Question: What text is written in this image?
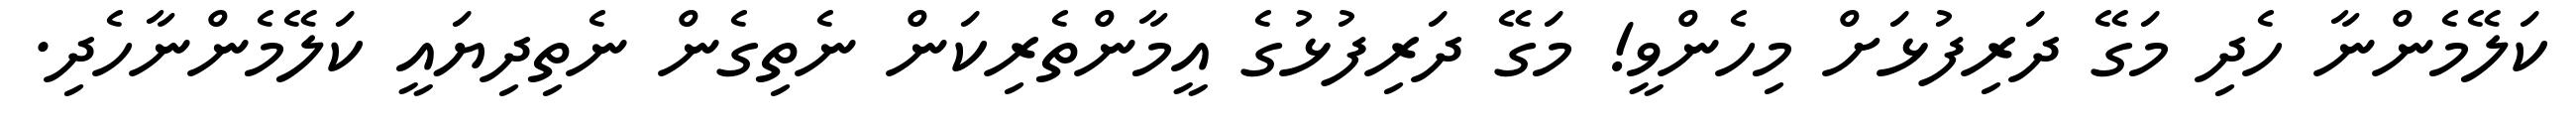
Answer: ކަލޭމެންނާ ހެދި މަގޭ ދަރިފުޅަށް މިހެންވީ! މަގޭ ދަރިފުޅުގެ އީމާންތެރިކަން ނެތިގެން ނެތިދިޔައީ ކަލޭމެންނާހެދި.